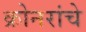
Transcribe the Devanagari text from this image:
क्रोनरांचे